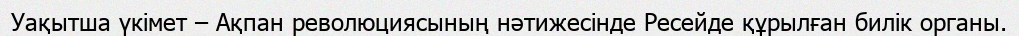
Уақытша үкімет – Ақпан революциясының нәтижесінде Ресейде құрылған билік органы.